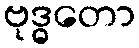
ဗုဒ္ဓတော